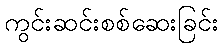
ကွင်းဆင်းစစ်ဆေးခြင်း